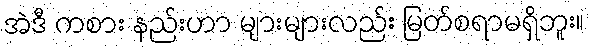
အဲဒီ ကစား နည်းဟာ များများလည်း မြတ်စရာမရှိဘူး။